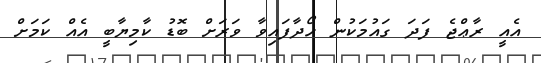
އެއީ ރާޢްޖެ ފަދަ ގައުމަކުން ހޯދާފައިވާ ވަރަށް ބޮޑު ކާމިޔާބީ އެއް ކަމަށް